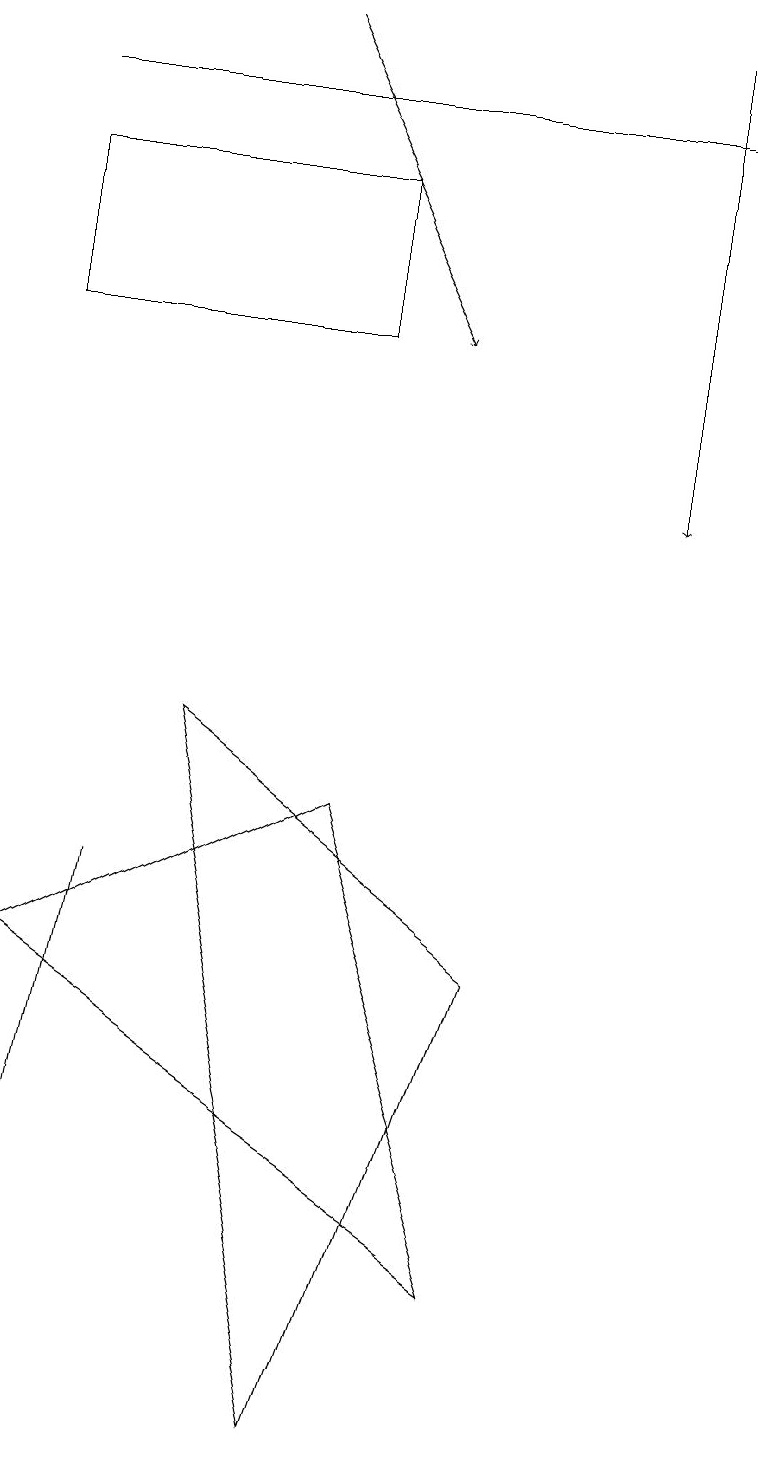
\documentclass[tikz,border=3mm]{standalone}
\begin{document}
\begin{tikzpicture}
\draw (1,7) -- (0,2) -- (0,2) -- cycle;
\draw[->] (8,18) -- (8,12);
\draw (0,17) rectangle (9,17);
\draw (4,0) -- (2,9) -- (6,6) -- cycle;
\draw (4,14) rectangle (0,16);
\draw[->] (3,18) -- (5,14);
\draw (4,8) -- (6,2) -- (0,6) -- cycle;
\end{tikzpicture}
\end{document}